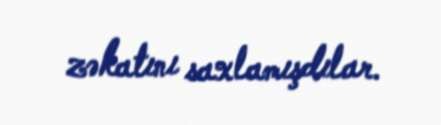
zəkatını saxlamışdılar.